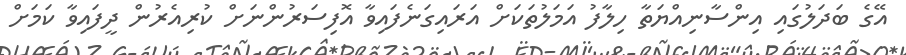
އޭގެ ބަދަލުގައި އިންސާނިއްޔަތާ ހިލާފު އަމަލުތަކަށް އަރައިގަނެފައިވާ އޮފިސަރުންނަށް ކުރިއެރުން ދީފައިވާ ކަމަށް